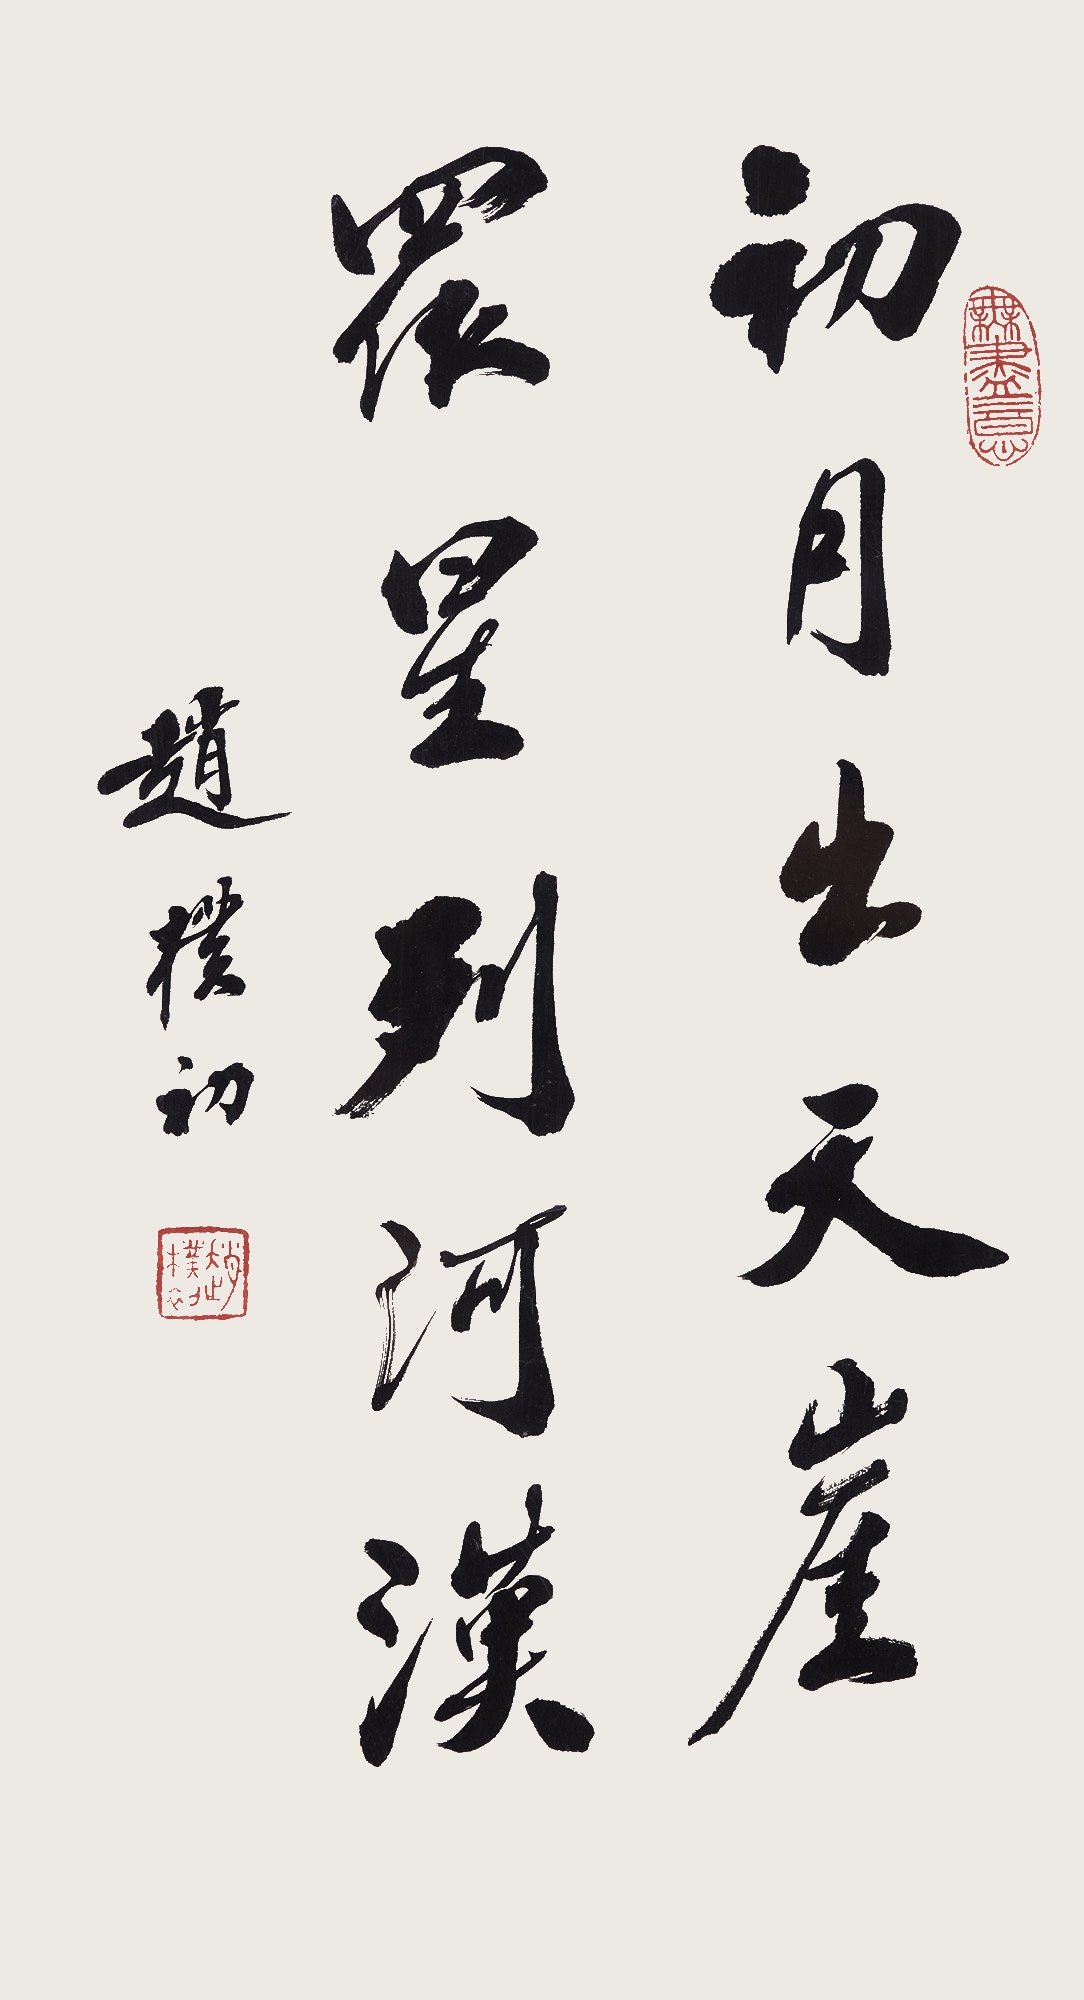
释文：初月出天涯，众星到河汉。赵朴初。